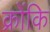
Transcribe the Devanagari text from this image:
क्रोंकि